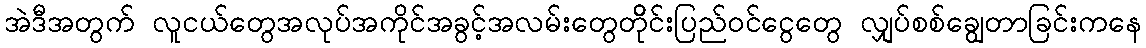
အဲဒီအတွက် လူငယ်တွေအလုပ်အကိုင်အခွင့်အလမ်းတွေတိိုင်းပြည်ဝင်ငွေတွေ လျှပ်စစ်ချွေတာခြင်းကနေ